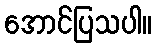
အောင်ပြသပါ။